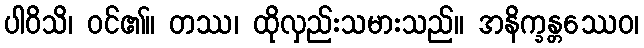
ပါဝိသိ၊ ဝင်၏။ တဿ၊ ထိုလှည်းသမားသည်။ အနိက္ခန္တဿေဝ၊